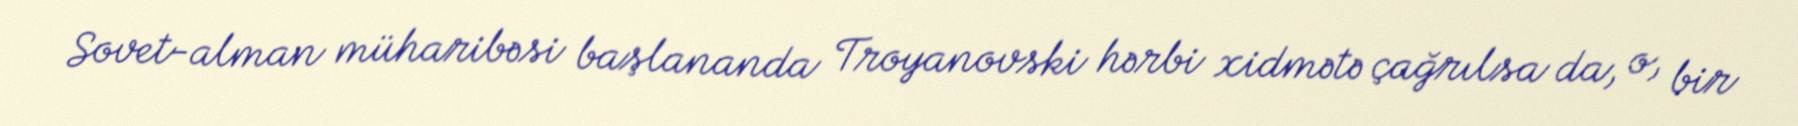
Sovet-alman müharibəsi başlananda Troyanovski hərbi xidmətə çağrılsa da, o, bir